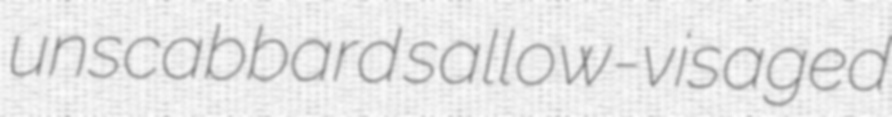
unscabbard sallow-visaged